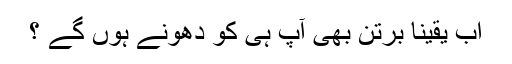
اب یقیناً برتن بھی آپ ہی کو دھونے ہوں گے ؟